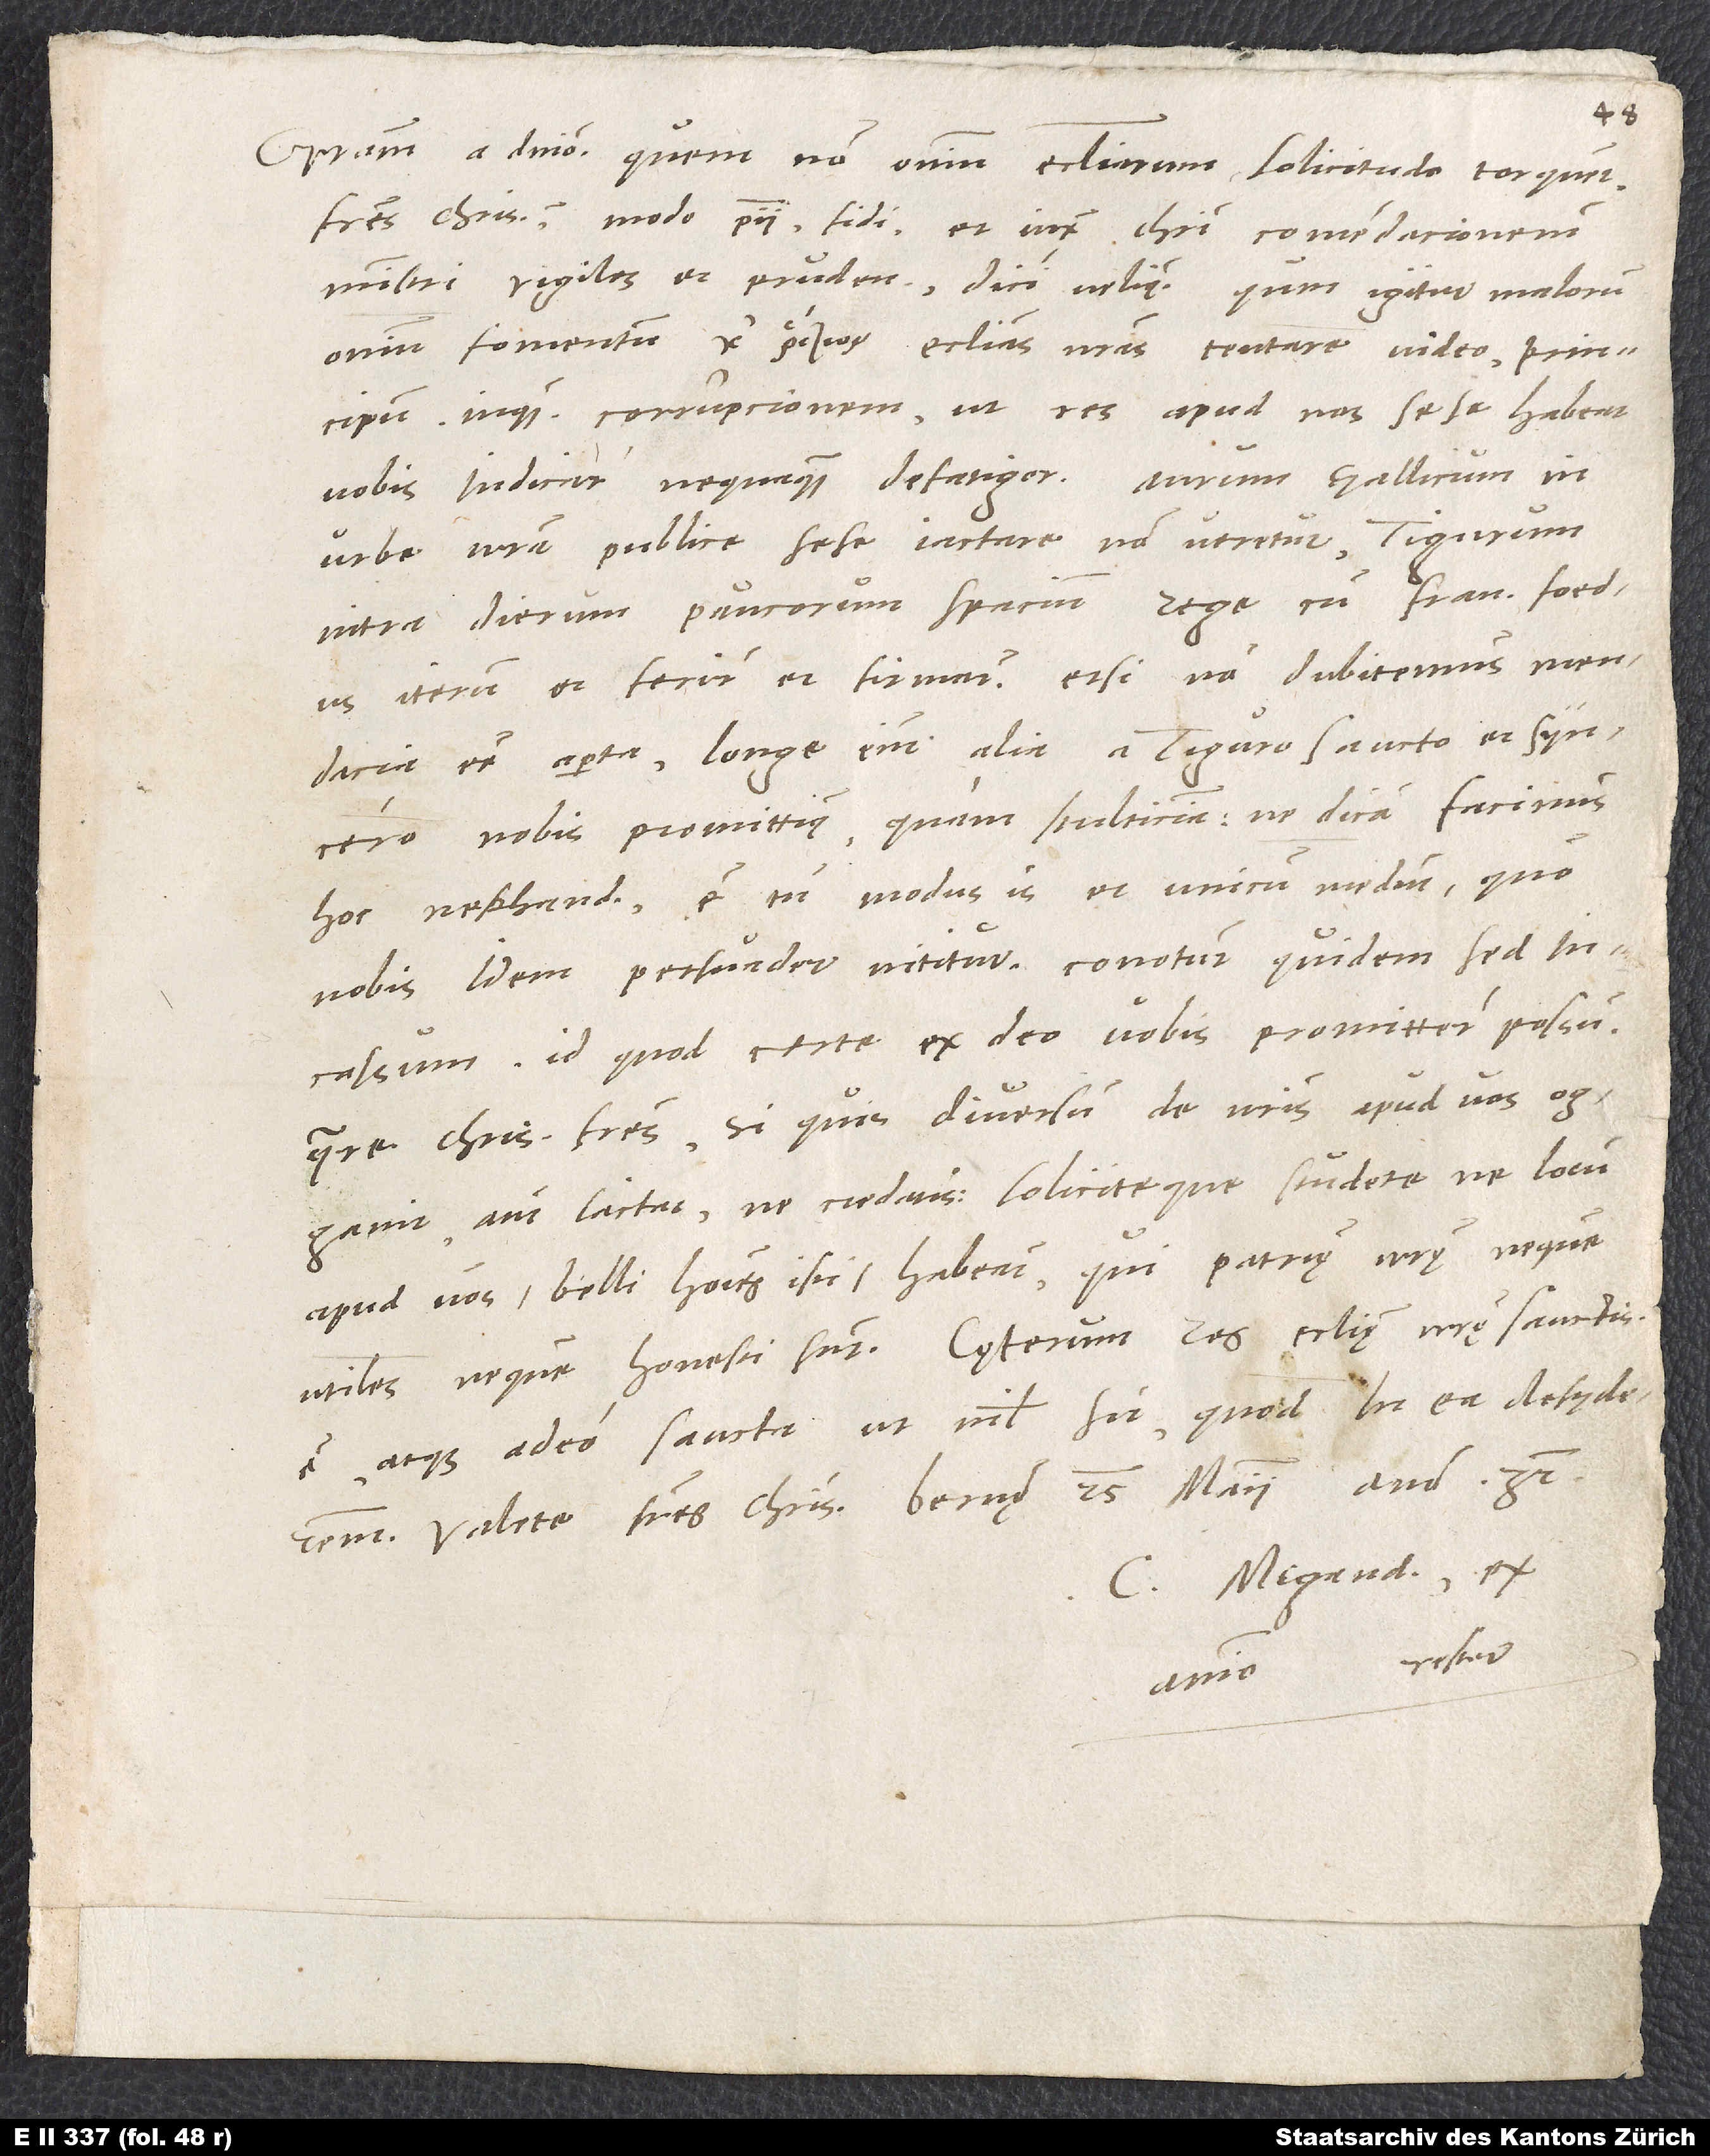
Gratiam a domino. Quem non omnium ecclesiarum solicitudo torquet,
fratres charissimi, modo pii, fidi et iuxta Christi comendacionem
ministri vigiles et prudentes dici velimus? Qum igitur malorum
omnium fomentum ecclesias nostras tentare video, principum
inquam corrupcionem, ut res apud nos sese habeat,
vobis indicare nequaquam defatigor. Aurum gallicum in
urbe nostra publice sese iactare non veretur Tigurum
intra dierum paucorum spacium rege cum Fran foedus
iterum et fecisse et firmasse. Etsi non dubitemus mendacia
esse aperta (longe enim alia a Tiguro sancto et syncero
nobis promittimus quam stulticiam, ne dicam facinus
hoc nephandum), est tamen modus is et unicum medium, quo
nobis idem persuadere nititur. Conetur quidem, sed
incassum, id quod certe ex deo vobis promittere possum.
Quare, charissimi fratres, si quis diversum de nostris apud vos ogganit
aut iactat, ne credatis soliciteque studete, ne locum
apud vos belli homines isti habeant, qui patrię nostrę neque
utiles neque honesti sunt. Caeterum res ecclesiae nostrę sanctissima
est atque adeo sancta, ut nihil sit, quod in ea desyderarem.
Valete, fratres charissimi. Bernę, 25. maii anno 32.
C. Megand., ex
animo vester.